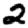
Digit: 2